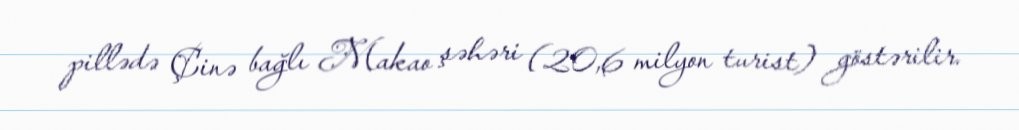
pillədə Çinə bağlı Makao şəhəri (20,6 milyon turist) göstərilir.